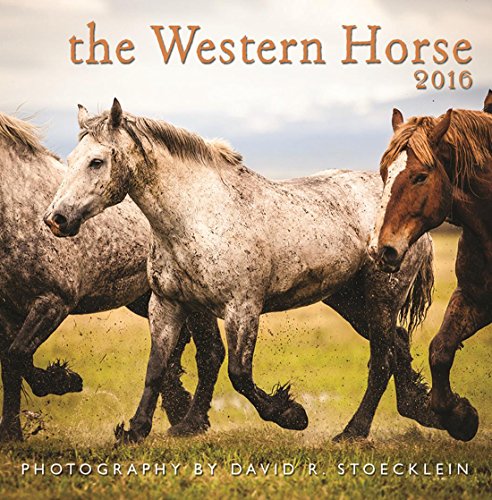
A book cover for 2016 Western Horse Wall Calendar; David R. Stoecklein; Calendars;